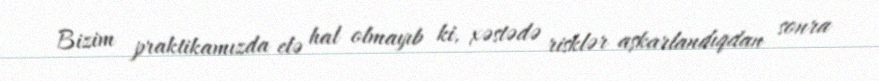
Bizim praktikamızda elə hal olmayıb ki, xəstədə risklər aşkarlandıqdan sonra